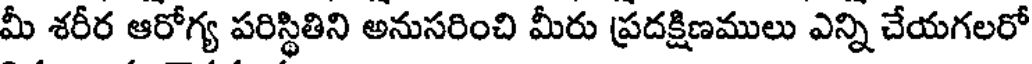
మీ శరీర ఆరోగ్య పరిస్థితిని అనుసరించి మీరు ప్రదక్షిణములు ఎన్ని చేయగలరో